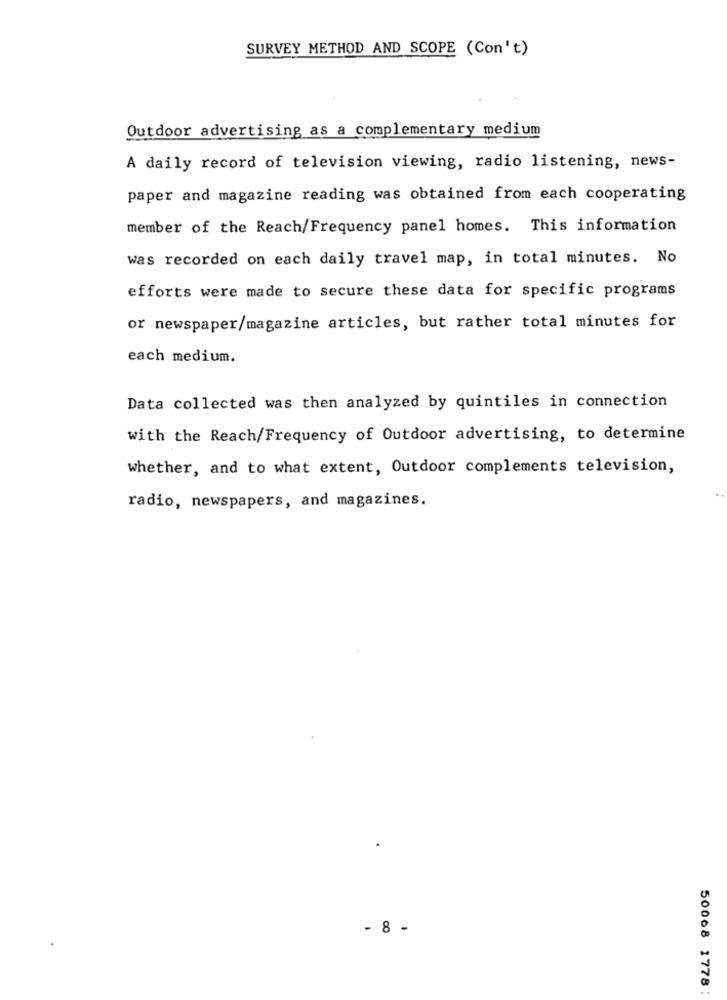
SURVEY METHOD AND SCOPE (Con't)
Outdoor advertising as a complementary medium
A daily record of television viewing, radio listening, news-
paper and magazine reading was obtained from each cooperating
member of the Reach/Frequency panel homes. This information
was recorded on each daily travel map, in total minutes. No
efforts were made to secure these data for specific programs
or newspaper/magazine articles, but rather total minutes for
each medium.
Data collected was then analyzed by quintiles in connection
with the Reach/Frequency of Outdoor advertising, to determine
whether, and to what extent, Outdoor complements television,
radio, newspapers, and magazines.
- 8 -
50068 1778 :